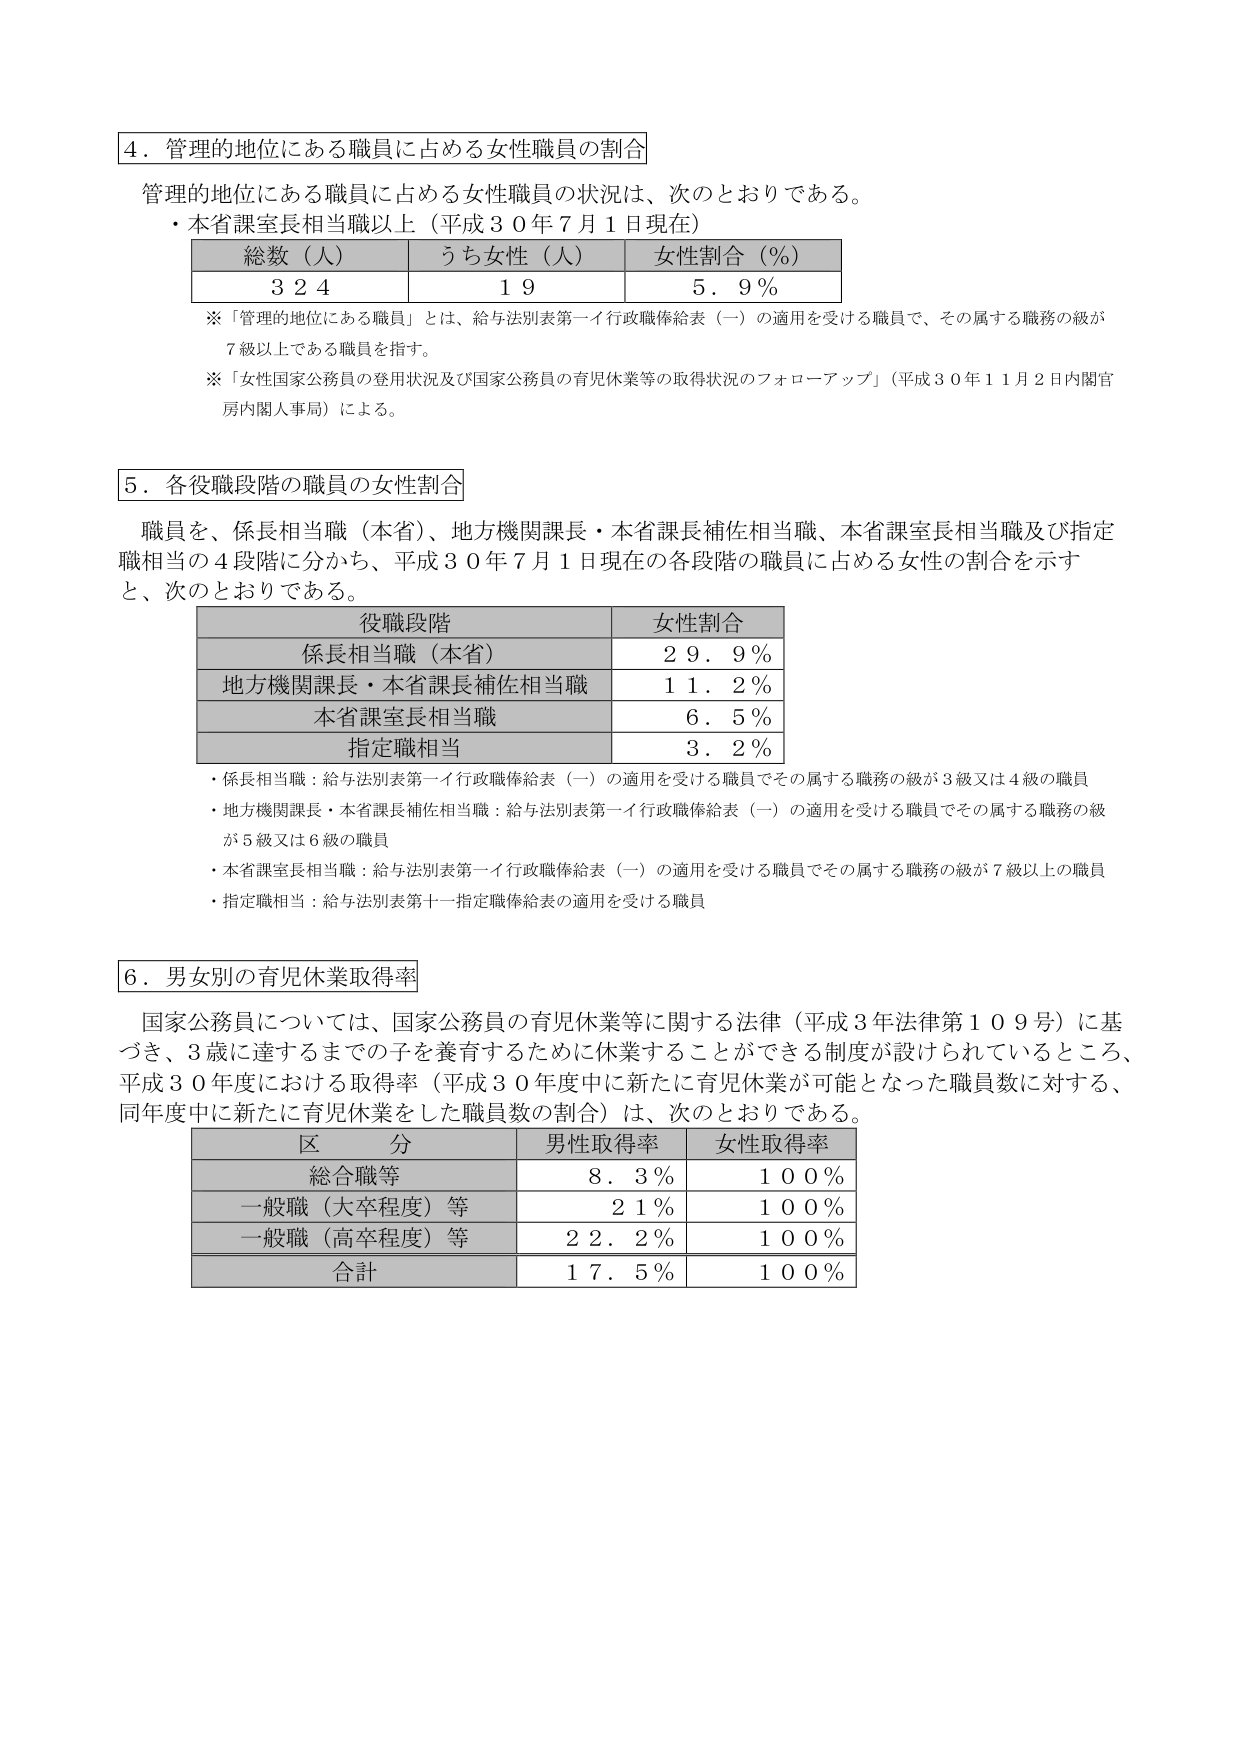
4．管理的地位にある職員に占める女性職員の割合

管理的地位にある職員に占める女性職員の状況は、次のとおりである。
・本省課室長相当職以上（平成30年7月1日現在）

総数（人）　うち女性（人）　女性割合（％）
324　　　　19　　　　　　5.9％

※「管理的地位にある職員」とは、給与法別表第一イ行政職俸給表（一）の適用を受ける職員で、その属する職務の級が7級以上である職員を指す。
※「女性国家公務員の登用状況及び国家公務員の育児休業等の取得状況のフォローアップ」（平成30年11月2日内閣官房内閣人事局）による。

5．各役職段階の職員の女性割合

職員を、係長相当職（本省）、地方機関課長・本省課長補佐相当職、本省課室長相当職及び指定職相当の4段階に分かち、平成30年7月1日現在の各段階の職員に占める女性の割合を示すと、次のとおりである。

役職段階　　　　　女性割合
係長相当職（本省）　29.9％
地方機関課長・本省課長補佐相当職　11.2％
本省課室長相当職　6.5％
指定職相当　3.2％

・係長相当職：給与法別表第一イ行政職俸給表（一）の適用を受ける職員でその属する職務の級が3級又は4級の職員
・地方機関課長・本省課長補佐相当職：給与法別表第一イ行政職俸給表（一）の適用を受ける職員でその属する職務の級が5級又は6級の職員
・本省課室長相当職：給与法別表第一イ行政職俸給表（一）の適用を受ける職員でその属する職務の級が7級以上の職員
・指定職相当：給与法別表第十一指定職俸給表の適用を受ける職員

6．男女別の育児休業取得率

国家公務員については、国家公務員の育児休業等に関する法律（平成3年法律第109号）に基づき、3歳に達するまでの子を養育するために休業することができる制度が設けられているところ、平成30年度における取得率（平成30年度中に新たに育児休業が可能となった職員数に対する、同年度中に新たに育児休業をした職員数の割合）は、次のとおりである。

区分　　　　　男性取得率　女性取得率
総合職等　　　8.3％　　　100％
一般職（大卒程度）等　21％　　　100％
一般職（高卒程度）等　22.2％　　100％
合計　　　　　17.5％　　100％